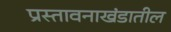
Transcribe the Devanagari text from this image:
प्रस्तावनाखंडातील